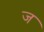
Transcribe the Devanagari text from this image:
ज॓